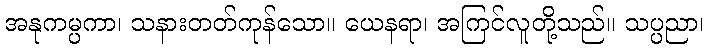
အနုကမ္ပကာ၊ သနားတတ်ကုန်သော။ ယေနရာ၊ အကြင်လူတို့သည်။ သပ္ပညာ၊